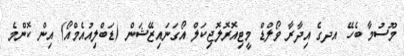
މޫސުމާ ބެހޭ އދގެ އިދާރާ ވޯލްޑް މީޓިއޮރޮލޮޖިކަލް އޯގަނައިޒޭޝަން (ޑަބްލިއުއެމްއޯ) އިން ކޮންމެ